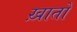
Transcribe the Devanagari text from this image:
ख़ातों